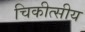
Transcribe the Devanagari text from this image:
चिकीत्सीय